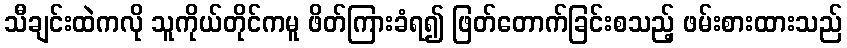
သီချင်းထဲကလို သူကိုယ်တိုင်ကမူ ဖိတ်ကြားခံရ၍ ဖြတ်တောက်ခြင်းစသည့် ဖမ်းစားထားသည်